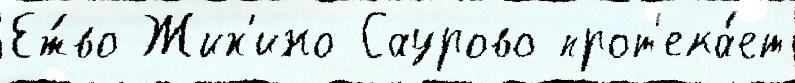
Еж́во Жих'ино Саурово прот'ека́ет